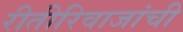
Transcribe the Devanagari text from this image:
रीतीरिवाजांची